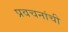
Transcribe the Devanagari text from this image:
प्रवचनांची